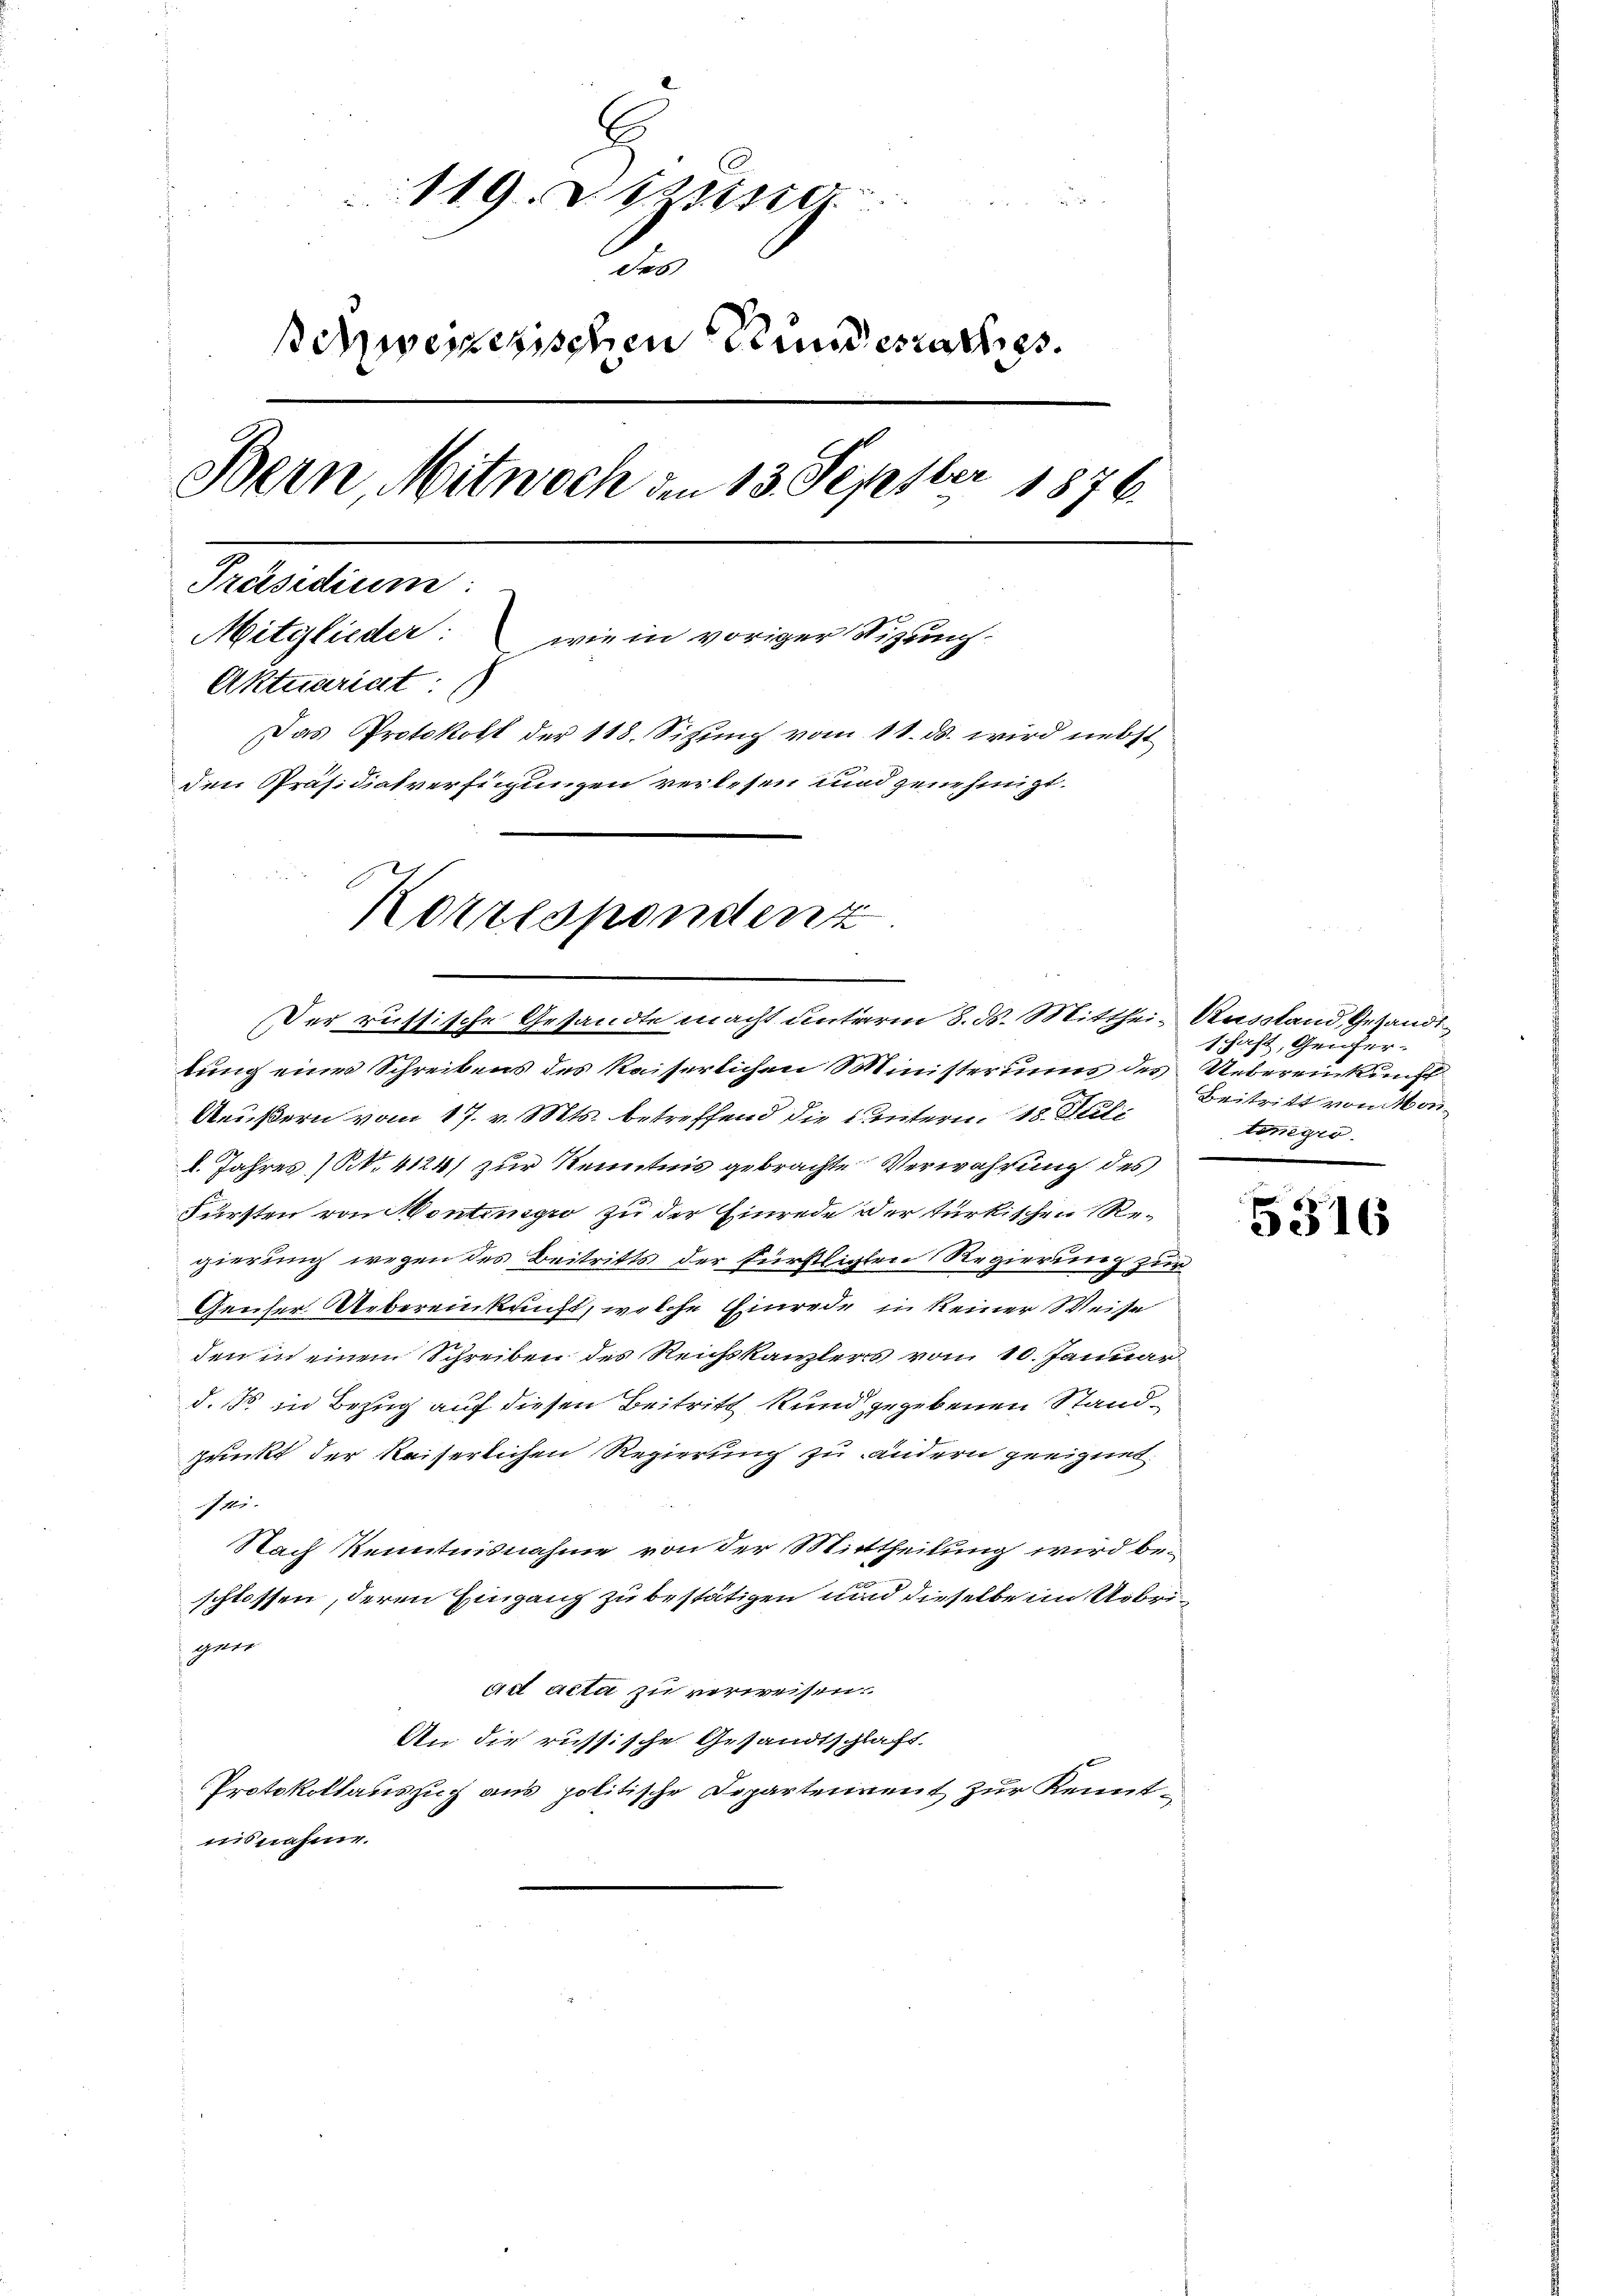
119. dizine
des
schweizerischen Stundesrathes.
Bern, Mitwoch den 13. Septer
 1876.
Peantum
Mitglieder: wie in voriger Sizung:
Aktuariat:
Das Protokoll der 118. Sitzung vom 11. ds. wird nebst
den Präsidialverfügungen verlesen und genehmigt.
Korrespondenz

Der russische Gesandte macht unterm 8. ds. Mitthei- Ausstand Gesandt

tung eines Schreibens des Kaiserlichen Ministeriums des Uebereinkunft
Aeußern vom 17. v. Mts. betreffend die untern. 18. Jul
d. Jahres N. 4124) zur Kenntnis gebrachte Verwahrung des
Fürsten von Montinsgro zu der Einrede der türkischen Regierung wegen des Beitritts der fürkligten Regierung zur
Geuser Uebereinkunft, welche Einrede in keiner Weise
den in einem Schreiben des Reichskanzlers von 10. Januar
d. 155 in Bezug auf diesen Beitritt kund gegebenen Standzrückt der kaiserlichen Regierung zu ändern geeignet.
1
Nach Kenntnisnahme von der Mittheilung wird beschlossen, deren Eingang zu bestätigen und dieselbe im Uebrigner
ad acta zu verweisen.
An die russische Gesandtschlaft
Protokollauszug aus politische Departenvent zur Kenntmisnahme.

schaft, Genfer-
Beitritt vom Mon
tone gro

5316